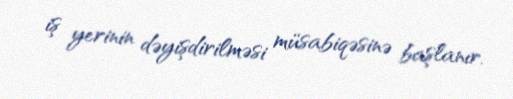
iş yerinin dəyişdirilməsi müsabiqəsinə başlanır.